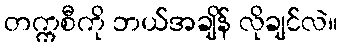
တက္ကစီကို ဘယ်အချိန် လိုချင်လဲ။